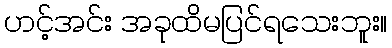
ဟင့်အင်း အခုထိမပြင်ရသေးဘူး။